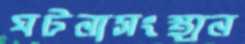
ঘটনাসংস্থান